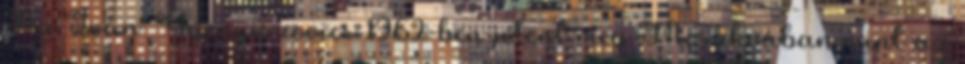
Az Iván Gyenyiszovics 1962-ben jelent meg Moszkvában mint az